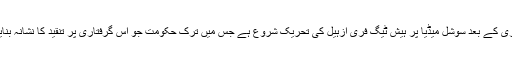
ان کی گرفتاری کے بعد سوشل میڈیا پر ہیش ٹیگ فری ازہیل کی تحریک شروع ہے جس میں ترک حکومت جو اس گرفتاری پر تنقید کا نشانہ بنایا جا رہا ہے۔